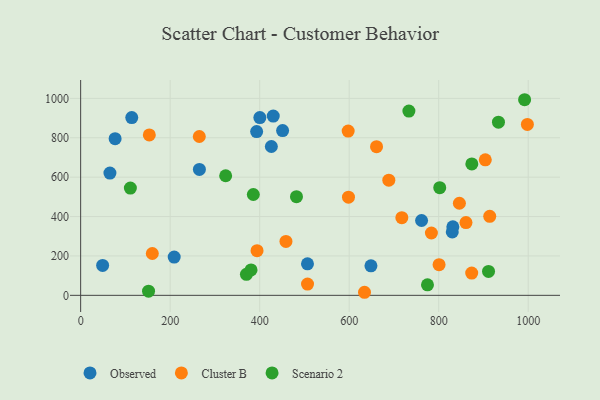
{"axis": {"x": "Ad Spend", "y": "Sales"}, "legend": ["Cluster B", "Observed", "Scenario 2"], "data": [{"x": "65.4", "y": 620.7, "type": "Observed"}, {"x": "393.2", "y": 831.6, "type": "Observed"}, {"x": "77.0", "y": 795.3, "type": "Observed"}, {"x": "648.6", "y": 150.0, "type": "Observed"}, {"x": "209.0", "y": 194.1, "type": "Observed"}, {"x": "49.1", "y": 152.0, "type": "Observed"}, {"x": "265.3", "y": 639.3, "type": "Observed"}, {"x": "400.4", "y": 902.4, "type": "Observed"}, {"x": "451.2", "y": 836.5, "type": "Observed"}, {"x": "114.2", "y": 902.7, "type": "Observed"}, {"x": "426.1", "y": 755.6, "type": "Observed"}, {"x": "430.3", "y": 910.4, "type": "Observed"}, {"x": "830.3", "y": 322.0, "type": "Observed"}, {"x": "506.8", "y": 160.1, "type": "Observed"}, {"x": "831.6", "y": 347.8, "type": "Observed"}, {"x": "761.7", "y": 380.0, "type": "Observed"}, {"x": "153.4", "y": 814.6, "type": "Cluster B"}, {"x": "873.7", "y": 113.2, "type": "Cluster B"}, {"x": "597.7", "y": 834.2, "type": "Cluster B"}, {"x": "458.7", "y": 273.8, "type": "Cluster B"}, {"x": "661.1", "y": 754.8, "type": "Cluster B"}, {"x": "800.8", "y": 155.7, "type": "Cluster B"}, {"x": "634.2", "y": 15.5, "type": "Cluster B"}, {"x": "860.9", "y": 369.3, "type": "Cluster B"}, {"x": "160.1", "y": 212.4, "type": "Cluster B"}, {"x": "265.1", "y": 806.5, "type": "Cluster B"}, {"x": "506.9", "y": 57.1, "type": "Cluster B"}, {"x": "904.1", "y": 688.2, "type": "Cluster B"}, {"x": "783.7", "y": 316.5, "type": "Cluster B"}, {"x": "998.1", "y": 867.8, "type": "Cluster B"}, {"x": "394.1", "y": 226.6, "type": "Cluster B"}, {"x": "717.6", "y": 394.4, "type": "Cluster B"}, {"x": "846.2", "y": 467.5, "type": "Cluster B"}, {"x": "598.4", "y": 498.2, "type": "Cluster B"}, {"x": "688.5", "y": 584.6, "type": "Cluster B"}, {"x": "914.0", "y": 401.2, "type": "Cluster B"}, {"x": "111.1", "y": 544.7, "type": "Scenario 2"}, {"x": "874.0", "y": 667.2, "type": "Scenario 2"}, {"x": "933.5", "y": 879.1, "type": "Scenario 2"}, {"x": "733.4", "y": 935.8, "type": "Scenario 2"}, {"x": "482.2", "y": 501.1, "type": "Scenario 2"}, {"x": "991.9", "y": 993.2, "type": "Scenario 2"}, {"x": "370.4", "y": 106.4, "type": "Scenario 2"}, {"x": "385.8", "y": 511.9, "type": "Scenario 2"}, {"x": "774.9", "y": 53.3, "type": "Scenario 2"}, {"x": "380.7", "y": 129.1, "type": "Scenario 2"}, {"x": "324.0", "y": 607.2, "type": "Scenario 2"}, {"x": "151.7", "y": 21.1, "type": "Scenario 2"}, {"x": "802.3", "y": 546.5, "type": "Scenario 2"}, {"x": "911.3", "y": 121.4, "type": "Scenario 2"}]}